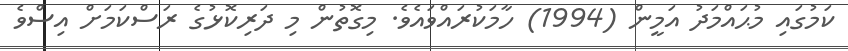
ކަމުގައި މުޙައްމަދު އަމީން (1994) ހާމަކުރައްވައެވެ. މިގޮތުން މި ދަރިކޮޅުގެ ރަސްކަމަށް އިސްވެ